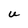
Character: U